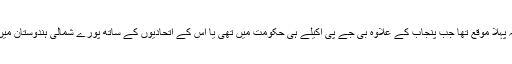
یہ پہلا موقع تھا جب پنجاب کے علاوہ بی جے پی اکیلے ہی حکومت میں تھی یا اس کے اتحادیوں کے ساتھ پورے شمالی ہندوستان میں۔